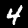
Digit: 4